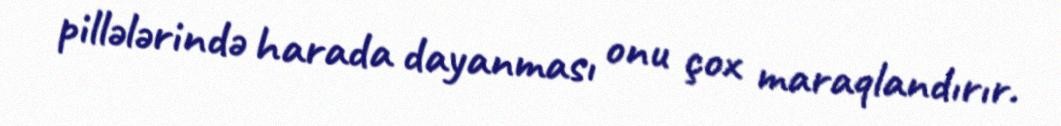
pillələrində harada dayanması onu çox maraqlandırır.